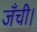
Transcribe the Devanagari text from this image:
जँची।